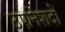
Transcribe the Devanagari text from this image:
उपनिशदों